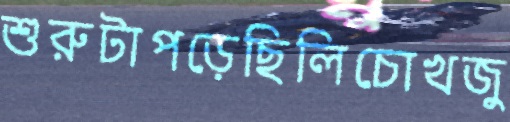
শুরুটাপড়েছিলিচোখজু